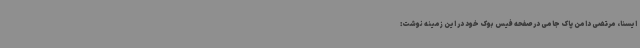
ایسنا، مرتضی دامن پاک جامی در صفحه فیس بوک خود در این زمینه نوشت: